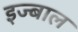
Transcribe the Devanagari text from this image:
इज्बाल